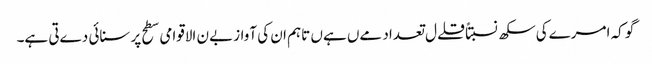
گو کہ امرےکی سکھ نسبتاً قلےل تعداد مےں ہےں تاہم ان کی آواز بےن الاقوامی سطح پر سنائی دےتی ہے۔